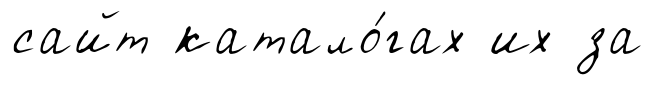
сайт катало́гах их за